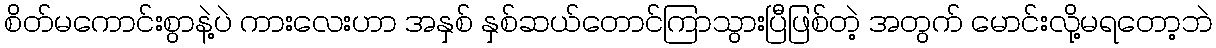
စိတ်မကောင်းစွာနဲ့ပဲ ကားလေးဟာ အနှစ် နှစ်ဆယ်တောင်ကြာသွားပြီဖြစ်တဲ့ အတွက် မောင်းလို့မရတော့ဘဲ